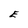
Character: E